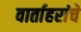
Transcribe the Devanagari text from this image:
वार्ताहरांचे